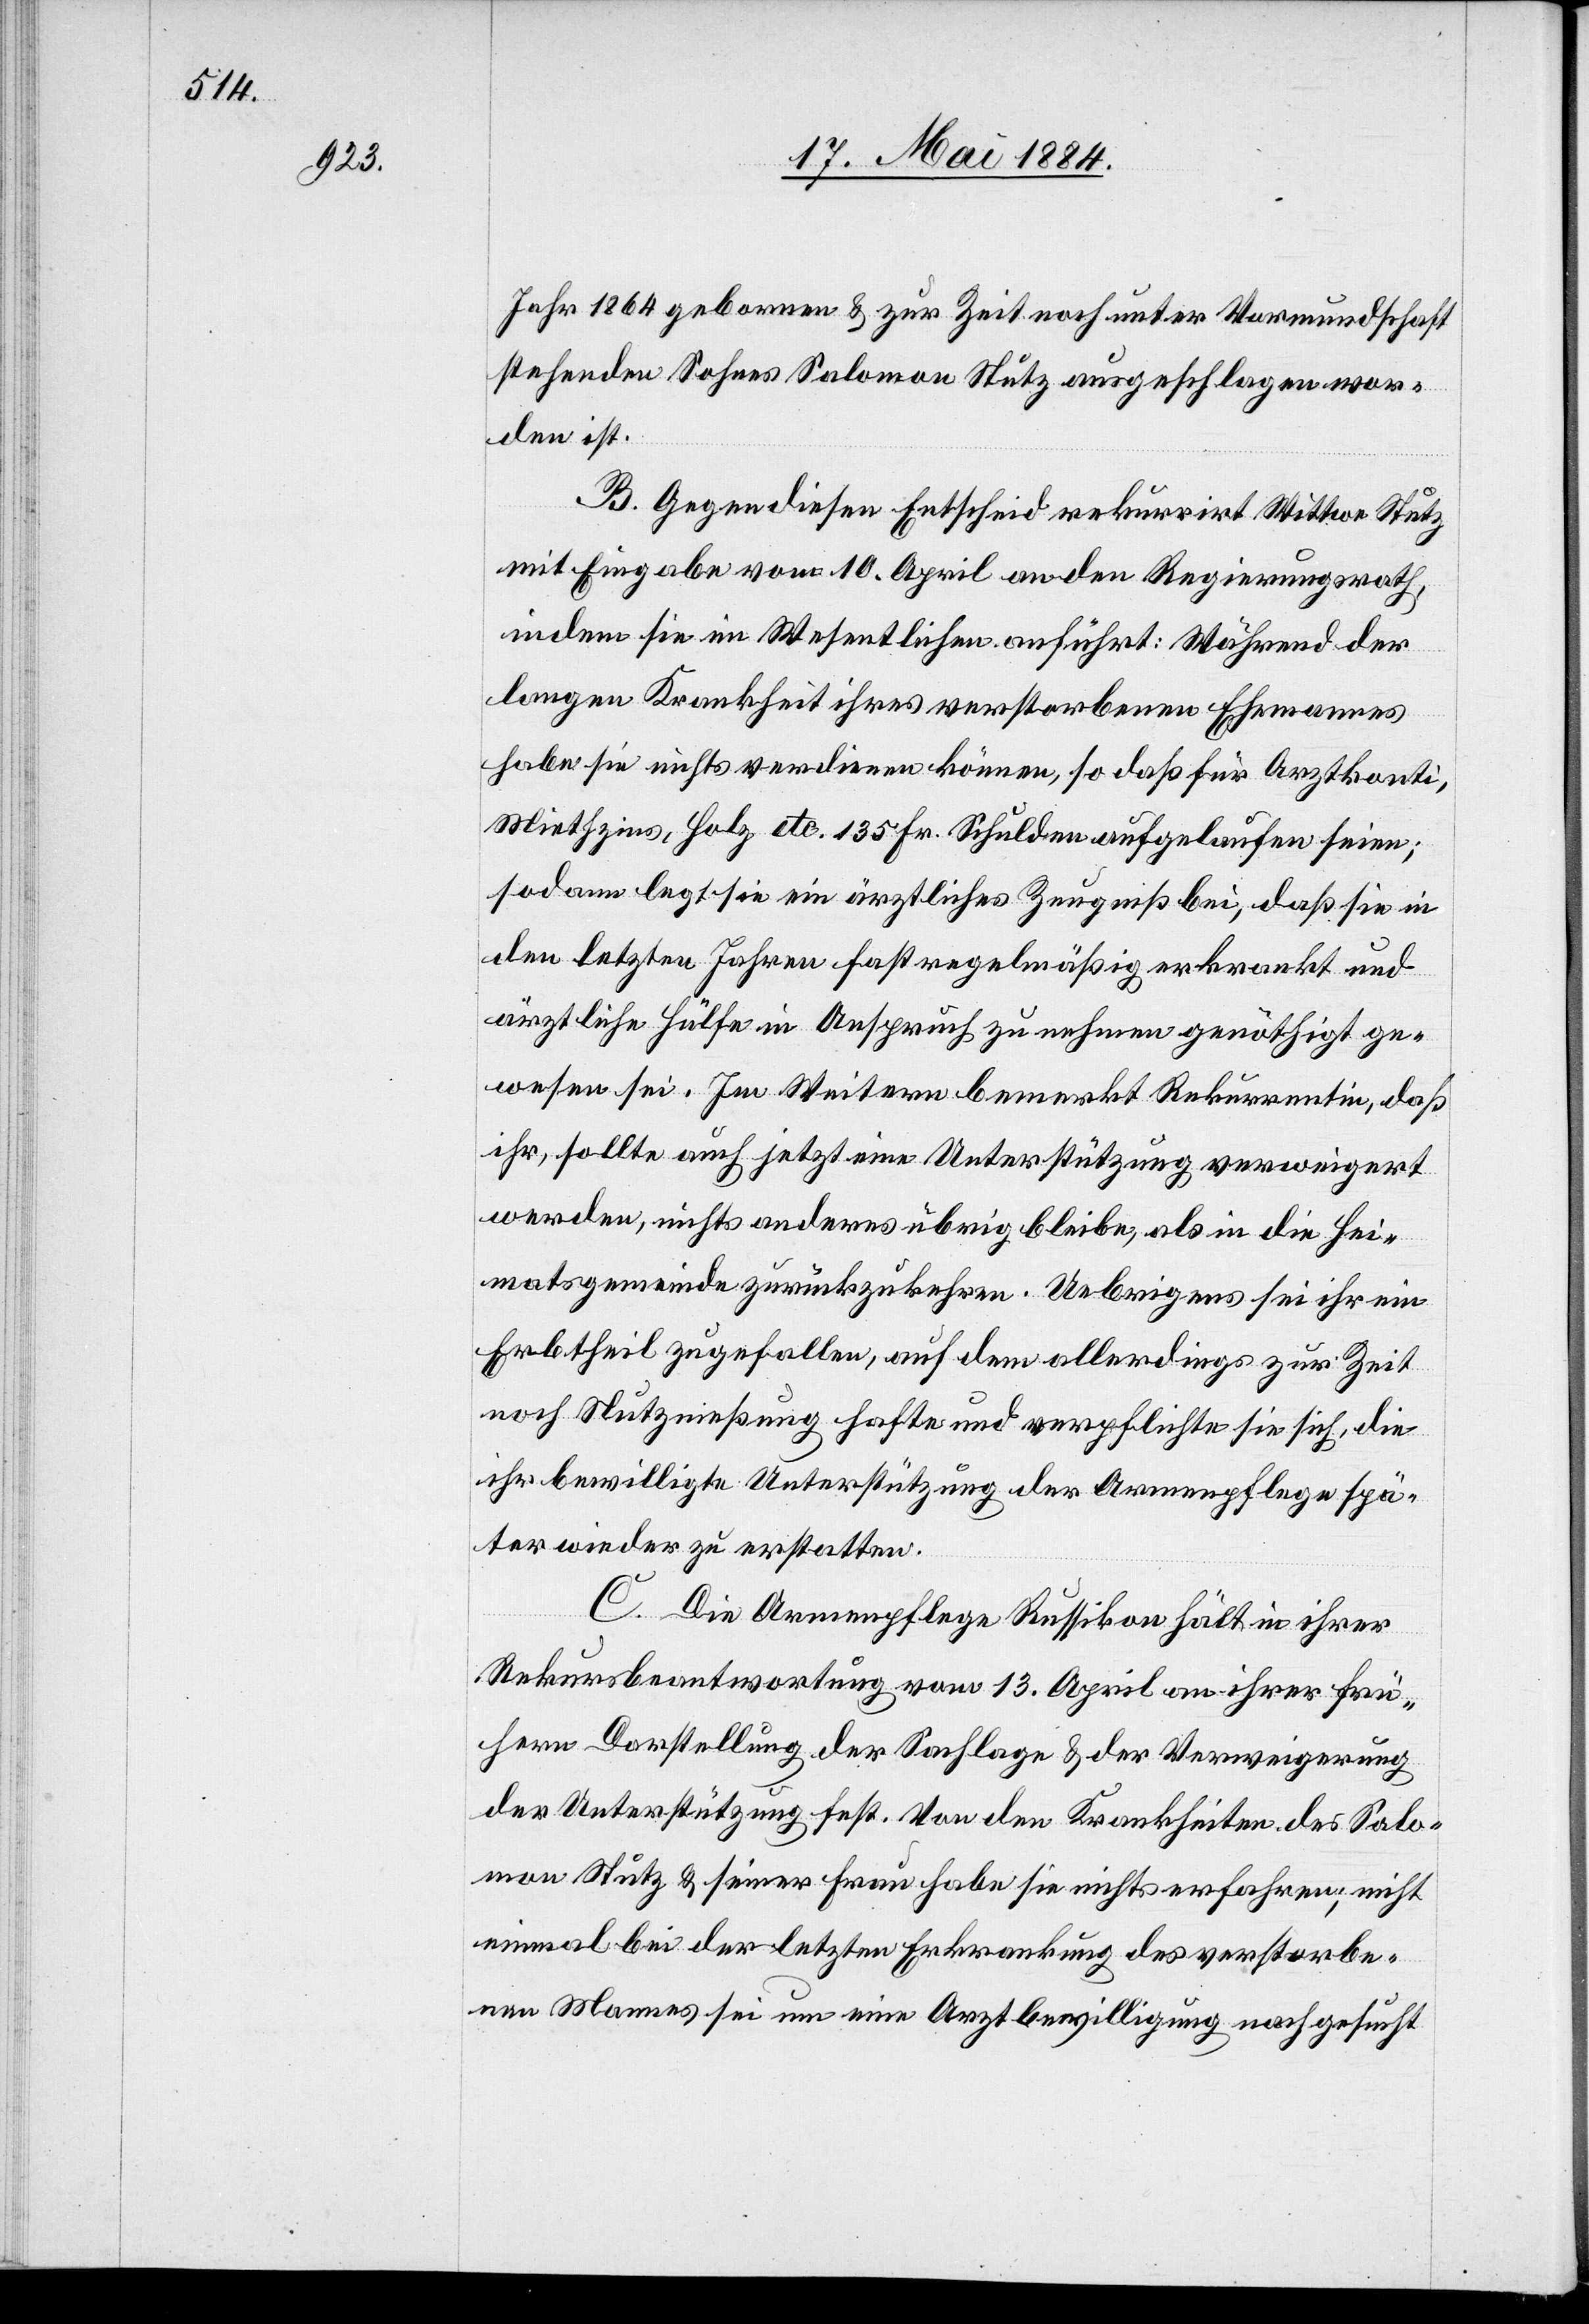
Jahr 1884 geborenen & zur Zeit noch unter Vormundschaft
stehenden Sohnes Salomon Stutz ausgeschlagen wor¬
den ist.
B. Gegen diesen Entscheid rekurrirt Wittwe Stutz
mit Eingabe vom 10. April an den Regierungsrath,
indem sie im Wesentlichen anführt: Während der
langen Krankheit ihres verstorbenen Ehemannes
habe sie nichts verdienen können, so daß für Arztkonti,
Miethzins, Holz etc. 135 Fr. Schulden aufgelaufen seien;
sodann legt sie ein ärztliches Zeugniß bei, daß sie in
den letzten Jahren fast regelmäßig erkrankt und
ärztliche Hülfe in Anspruch zu nehmen genöthigt ge¬
wesen sei. Im Weitern bemerkt Rekurrentin, daß
ihr, sollte auch jetzt eine Unterstützung verweigert
werden, nichts anderes übrig bleibe, als in die Hei¬
matsgemeinde zurückzukehren. Uebrigens sei ihr ein
Erbtheil zugefallen, auf dem allerdings zur Zeit
noch Nutznießung hafte und verpflichte sie sich, die
ihr bewilligte Unterstützung der Armenpflege spä¬
ter wieder zu erstatten.
C. Die Armenpflege Russikon hält in ihrer
Rekursbeantwortung vom 13. April an ihrer frü¬
hern Darstellung der Sachlage & der Verweigerung
der Unterstützung fest. Von den Krankheiten des Salo¬
mon Stutz & seiner Frau habe sie nicht erfahren; nicht
einmal bei der letzten Erkrankung des verstorbe¬
nen Mannes sei um eine Arztbewilligung nachgesucht